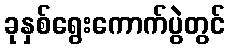
ခုနှစ်ရွေးကောက်ပွဲတွင်